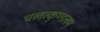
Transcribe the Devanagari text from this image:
चलत्कुण्डलम्